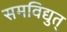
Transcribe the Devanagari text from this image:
समविद्युत्‌